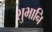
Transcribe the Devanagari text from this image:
शुभानि